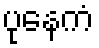
ပုနေကံ